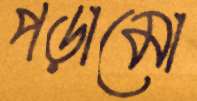
পড়ামো